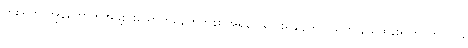
တစ်ရက် ကျွန်တော်တို့အဖွဲ့စားသောက်နေကြတုန်း အရှိန်ကလေးရချိန်တွင် သူက နယ်ထိန်းရဲကြပ်ကို သွား